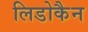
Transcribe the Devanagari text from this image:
लिडोकैन